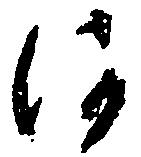
河